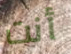
أنت